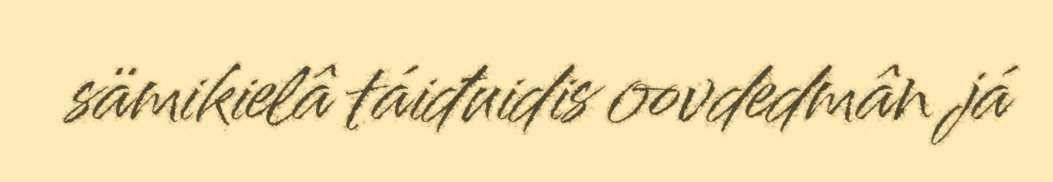
sämikielâ táiđuidis oovdedmân já